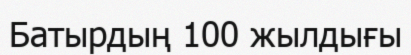
Батырдың 100 жылдығы